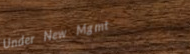
Under New Mgmt